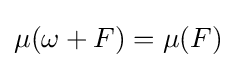
\mu (\omega +F)=\mu (F)